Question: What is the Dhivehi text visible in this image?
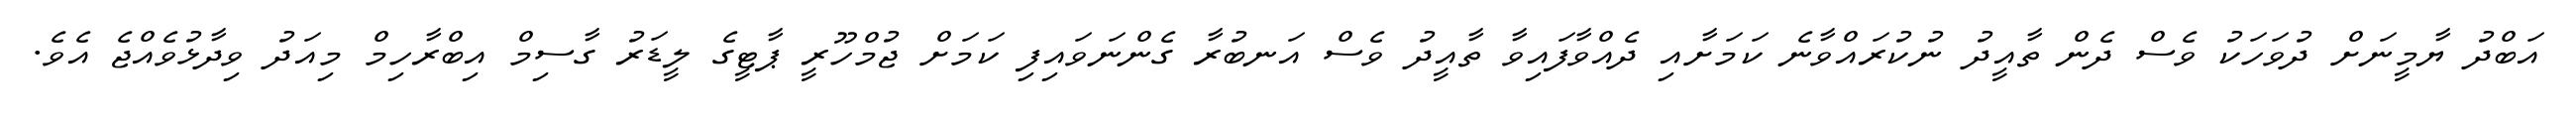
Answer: އަބްދު ޔާމީނަށް ދުވަހަކު ވެސް ދެން ތާއީދު ނުކުރައްވާނެ ކަމަށާއި ދެއްވާފައިވާ ތާއީދު ވެސް އަނބުރާ ގެންނަވައިފި ކަމަށް ޖުމްހޫރީ ޕާޓީގެ ލީޑަރު ގާސިމް އިބްރާހިމް މިއަދު ވިދާޅުވެއްޖެ އެވެ.